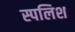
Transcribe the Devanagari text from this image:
स्पलिश